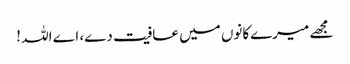
مجھے میرےکانوں میں عافیت دے، اے اللہ !